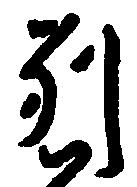
別